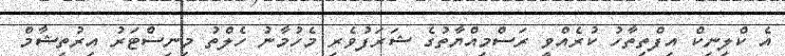
އެ ކްލިނިކް އިފްތިތާހު ކުރެއްވީ ރަސްމިއްޔާތުގެ ޝަރަފުވެރި މެހުމާނު ހެލްތު މިނިސްޓަރު އިރުތިޝާމް